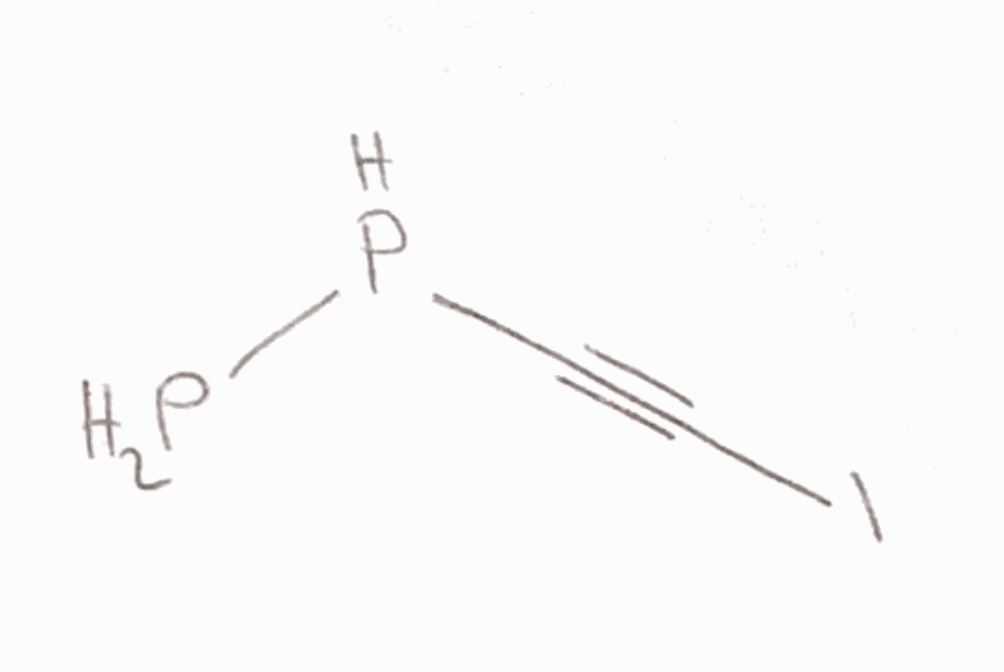
Simplified molecular-input line-entry system (SMILES) notation of the given molecule:
C(#CI)PP